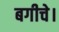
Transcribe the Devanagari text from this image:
बगीचे।